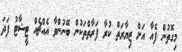
މިގޮތުން ފެއާ އަށް ޒިޔާރަތް ކުރާ ފަރާތްތަކުން ބޭނުންވާ އެއްޗެއް ޓީޝާޓު ފަދަ